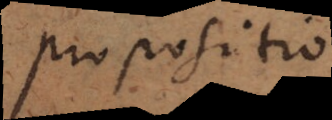
propositio